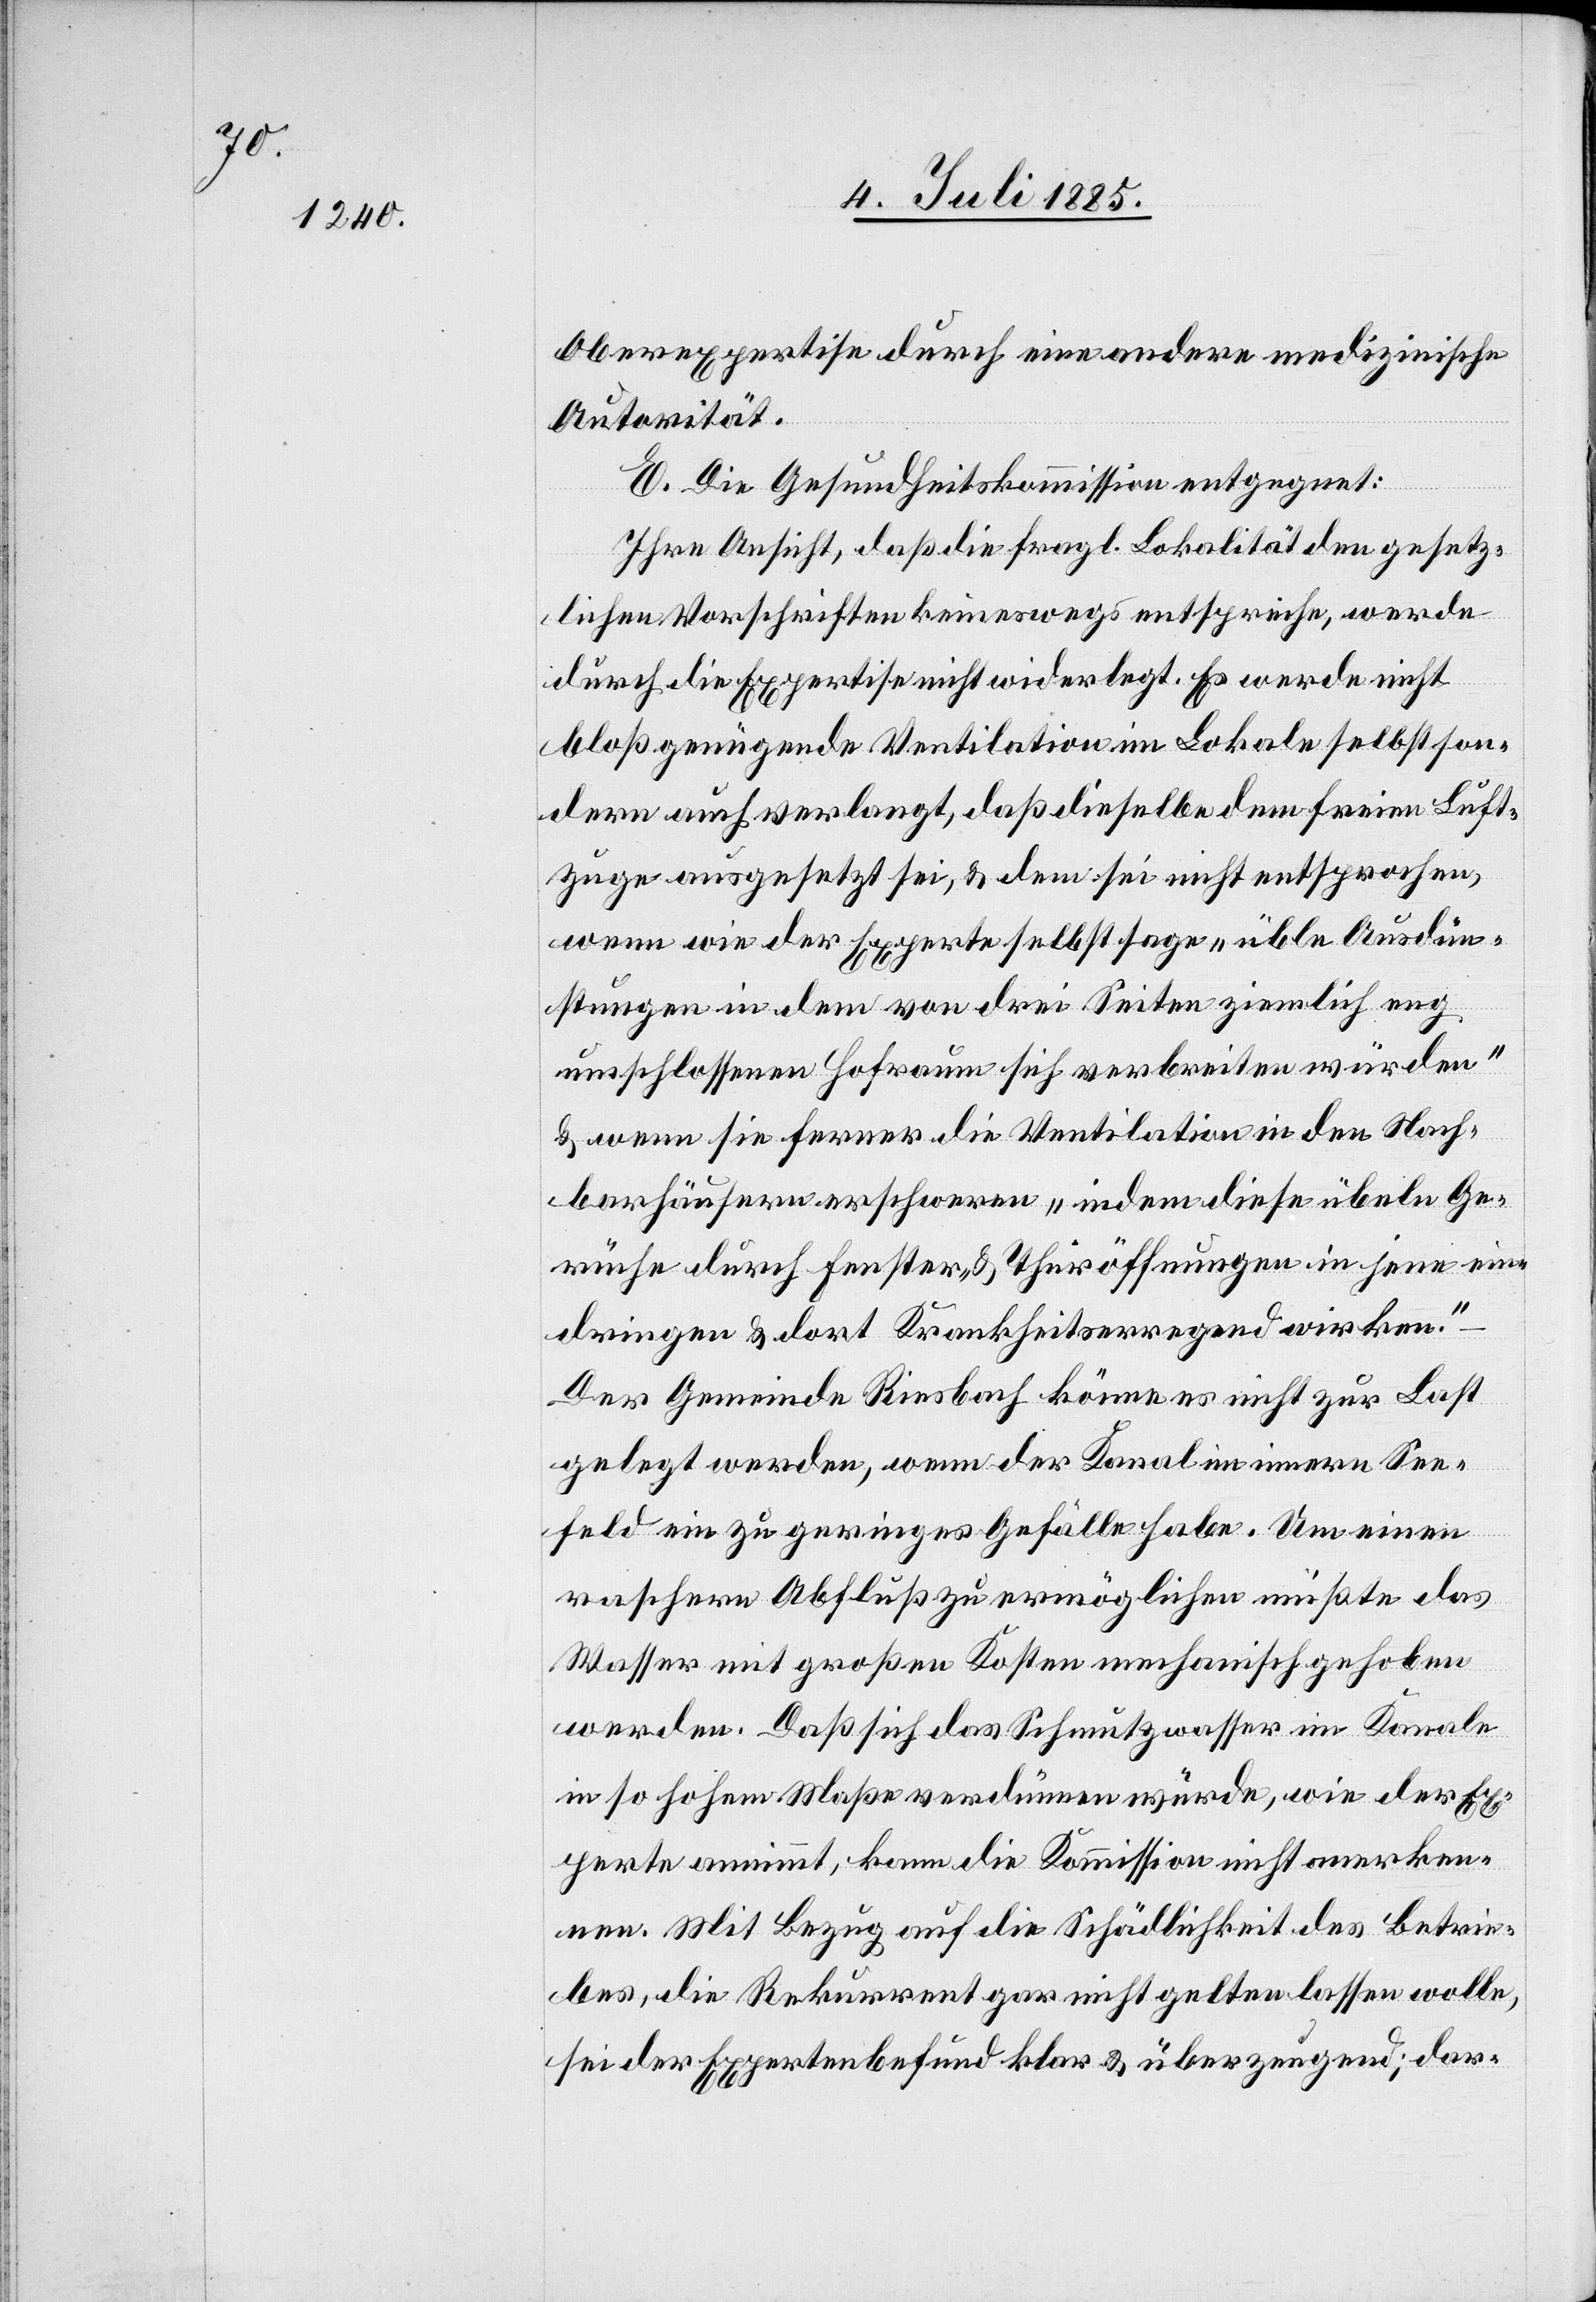
Oberexpertise durch eine andere medizinische
Autorität.
E. Die Gesundheitskommission entgegnet:
Ihre Ansicht, daß die fragl. Lokalität gesetz¬
lichen Vorschriften keineswegs entspreche, werde
durch die Expertise nicht widerlegt. Es werde nicht
bloß genügende Ventilation im Lokale selbst son¬
dern auch verlangt, daß dieselbe dem freien Luft¬
zuge ausgesetzt sei, & dem sei nicht entsprochen,
wenn wie der Experte selbst sage „üble Ausdün¬
stungen in dem von drei Seiten ziemlich eng
umschlossenen Hofraum sich verbreiten würden“
& wenn sie ferner die Ventilation in den Nach¬
barhäusern erschweren „indem diese übeln Ge¬
rüche durch Fenster & Thüröffnungen in jene ein¬
dringen & dort Krankheitserregend wirken.“
Der Gemeinde Riesbach könne es nicht zur Last
gelegt werden, wenn der Kanal im innern See¬
feld ein zu geringes Gefälle habe. Um einen
raschern Abfluß zu ermöglichen müßte das
Wasser mit großen Kosten mechanisch gehoben
werden. Daß sich das Schmutzwasser im Kanale
in so hohem Maße verdünnen würde, wie der Ex¬
perte annimmt, kann die Kommission nicht anerken¬
nen. Mit Bezug auf die Schädlichkeit des Betrie¬
bes, die Rekurrent gar nicht gelten lassen wolle,
sei der Expertenbefund klar & überzeugend; dar-